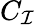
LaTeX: C_{\mathcal{I}}